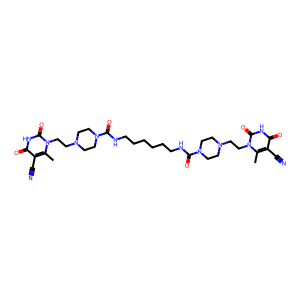
SMILES: Cc1c(C#N)c(=O)[nH]c(=O)n1CCN1CCN(C(=O)NCCCCCCNC(=O)N2CCN(CCn3c(C)c(C#N)c(=O)[nH]c3=O)CC2)CC1
Inhibits HIV replication: No